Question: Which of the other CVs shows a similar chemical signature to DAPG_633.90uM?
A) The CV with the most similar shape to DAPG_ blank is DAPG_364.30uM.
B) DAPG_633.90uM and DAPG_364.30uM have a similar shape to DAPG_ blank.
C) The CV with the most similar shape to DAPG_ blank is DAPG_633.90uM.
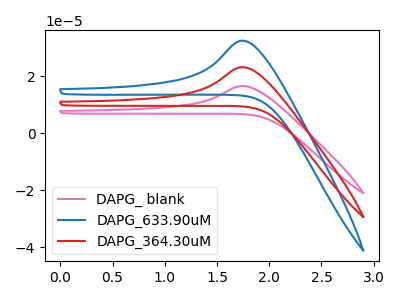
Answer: <think>The pink curve "DAPG_ blank" has an anodic peak at: (1.75V, 16.60uA). The blue curve "DAPG_633.90uM" has an anodic peak at: (1.75V, 46.50uA). The red curve "DAPG_364.30uM" has an anodic peak at: (1.75V, 23.25uA).
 All the peaks in "DAPG_ blank" have a peak in "DAPG_633.90uM" at the same potential. Every peak in "DAPG_ blank" is lower than every peak in "DAPG_633.90uM". All the peaks in "DAPG_ blank" have a peak in "DAPG_364.30uM" at the same potential. Every peak in "DAPG_ blank" is lower than every peak in "DAPG_364.30uM". All the peaks in "DAPG_633.90uM" have a peak in "DAPG_364.30uM" at the same potential. Every peak in "DAPG_633.90uM" is higher than every peak in "DAPG_364.30uM".</think>
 <answer>B) "DAPG_633.90uM" and "DAPG_364.30uM" have a similar shape to "DAPG_ blank".</answer>
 <eval>B</eval>